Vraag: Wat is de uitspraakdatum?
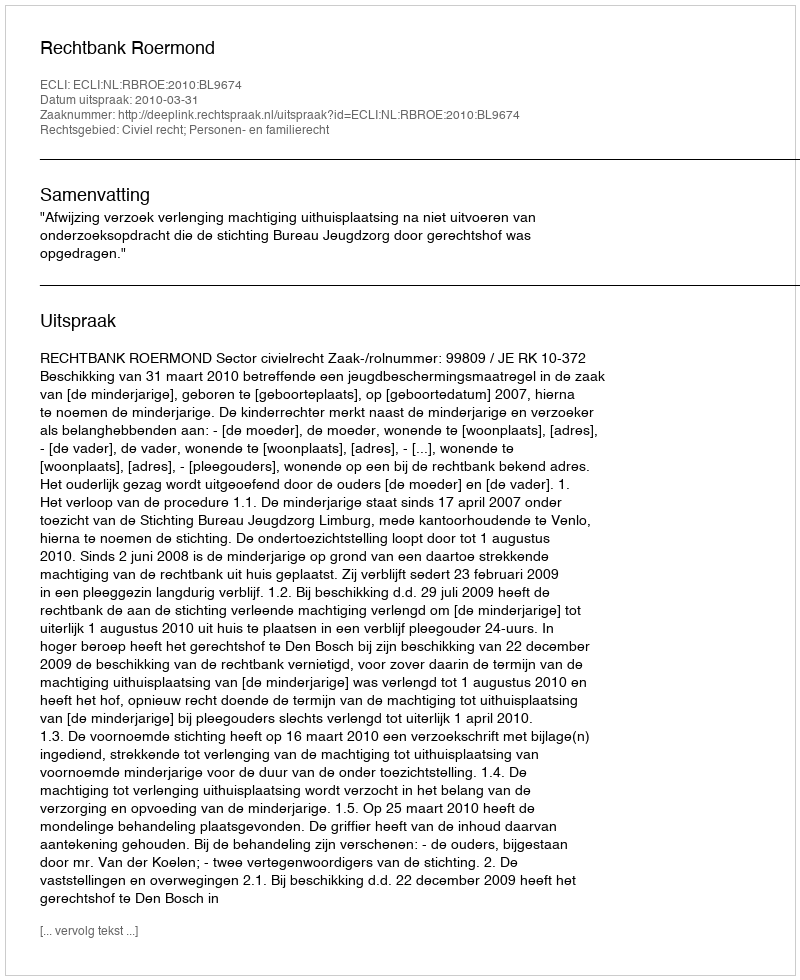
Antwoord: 2010-03-31